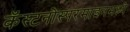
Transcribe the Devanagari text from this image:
कॅस्टनोस्परमाइनमध्ये